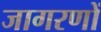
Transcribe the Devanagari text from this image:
जागरणों